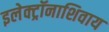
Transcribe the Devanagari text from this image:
इलेक्ट्रॉनाशिवाय